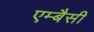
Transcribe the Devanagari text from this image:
एम्बैसी